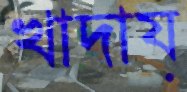
খাদায়